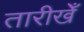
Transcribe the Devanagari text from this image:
तारीखेँ